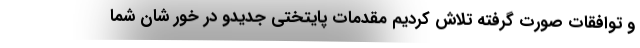
و توافقات صورت گرفته تلاش كرديم مقدمات پايتختي جديدو در خور شان شما